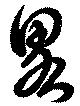
畧